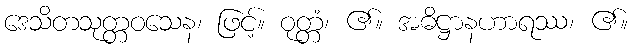
ဒေသိတသုတ္တဝသေန၊ ဖြင့်။ ဝုတ္တံ၊ ၏။ အဓိဋ္ဌာနဟာရဿ၊ ၏။